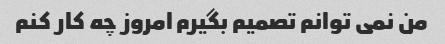
من نمی توانم تصمیم بگیرم امروز چه کار کنم